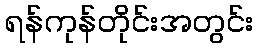
ရန်ကုန်တိုင်းအတွင်း